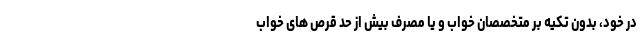
در خود، بدون تکیه بر متخصصان خواب و یا مصرف بیش از حد قرص های خواب